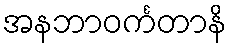
အနဘာဝင်္ကတာနိ